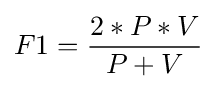
F1={2*P*V \over P+V}